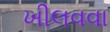
ખીલવવા